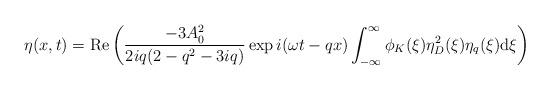
LaTeX: \begin{align*}\eta (x,t) = \mbox{Re} \left ( \frac{- 3 A_0^2}{2 i q (2 - q^2 - 3 i q)}\exp i (\omega t - q x)\int_{-\infty}^{\infty} \phi_K (\xi) \eta_D^2 (\xi) \eta_{q} (\xi)\mbox{d}\xi\right )\end{align*}